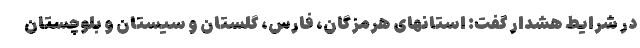
در شرایط هشدار گفت: استانهای هرمزگان، فارس، گلستان و سیستان و بلوچستان